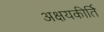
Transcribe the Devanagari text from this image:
अक्षयकीर्ति